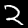
Digit: 2